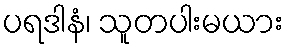
ပရဒါနံ၊ သူတပါးမယား